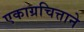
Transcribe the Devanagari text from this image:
एकाग्रचित्ताने